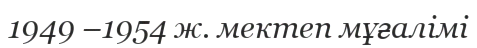
1949 –1954 ж. мектеп мұғалімі